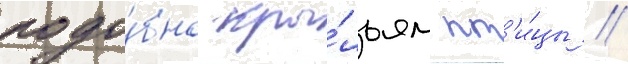
подо́бно кры́льям пт'и́цы //